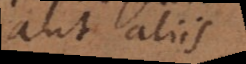
aut aliis